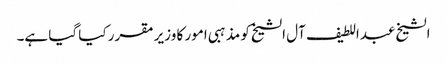
الشیخ عبداللطیف آل الشیخ کو مذہبی امور کا وزیر مقرر کیا گیا ہے۔